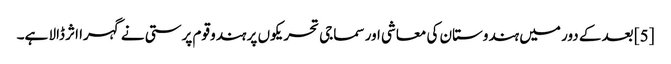
[5] بعد کے دور میں ہندوستان کی معاشی اور سماجی تحریکوں پر ہندو قوم پرستی نے گہرا اثر ڈالا ہے۔